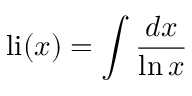
{ \mathrm { l i } } ( x ) = \int { \frac { d x } { \ln x } }